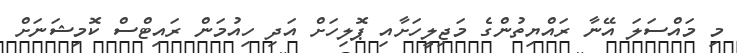
މި މައްސަލަ އޭނާ ރައްޔިތުންގެ މަޖިލީހަށާއި ޕޮލިހަށް އަދި ހިއުމަން ރައިޓްސް ކޮމިޝަނަށް